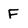
Character: F